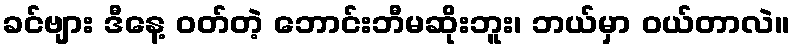
ခင်ဗျား ဒီနေ့ ဝတ်တဲ့ ဘောင်းဘီမဆိုးဘူး၊ ဘယ်မှာ ဝယ်တာလဲ။